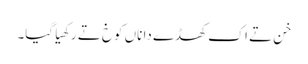
خن تے اک کھڈے دا ناں کوخ تے رکھیا گیا۔